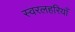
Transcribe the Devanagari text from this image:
स्वरलहरियाँ